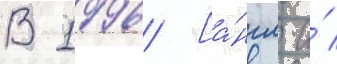
В 1996 [а́нгл. и́